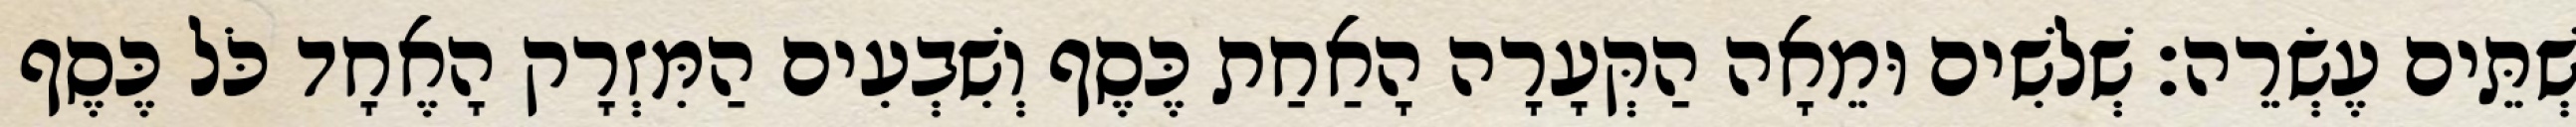
שְׁתֵּים עֶשְׂרֵה׃ שְׁלשִׁים וּמֵאָה הַקְּעָרָה הָאַחַת כֶּסֶף וְשִׁבְעִים הַמִּזְרָק הָאֶחָד כֹּל כֶּסֶף